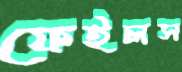
ফেইলস